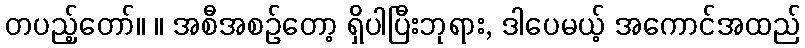
တပည့်တော်။ ။ အစီအစဉ်တော့ ရှိပါပြီးဘုရား, ဒါပေမယ့် အကောင်အထည်